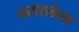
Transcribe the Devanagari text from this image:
तरारलेला